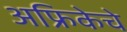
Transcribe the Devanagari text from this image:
अफ्रिकेचे